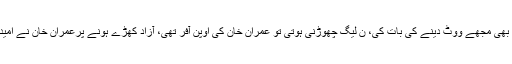
سروے میں پی ٹی آئی کے لوگوں نے بھی مجھے ووٹ دینے کی بات کی، ن لیگ چھوڑنی ہوتی تو عمران خان کی اوپن آفر تھی، آزاد کھڑے ہونے پرعمران خان نے امیدوار مقابلے میں نہ اتارنے تک کا کہا۔